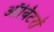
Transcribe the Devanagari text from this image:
ऑर्बिटरों